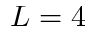
L = 4